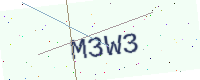
Text: M3W3